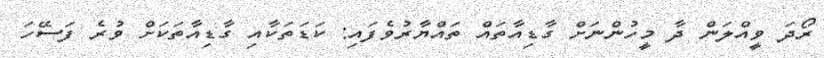
ރޯދަ ވީއްލަން ދާ މީހުންނަށް ގާޑިއާތައް ތައްޔާރުވެފައި: ކަޑަތަކާއި ގާޑިއާތަކަށް ވުރެ ފަސޭހަ